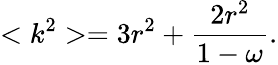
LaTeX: <k^{2}>=3r^{2}+\frac{2r^{2}}{1-\omega}.